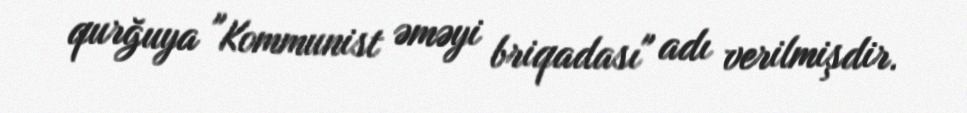
qurğuya "Kommunist əməyi briqadası" adı verilmişdir.